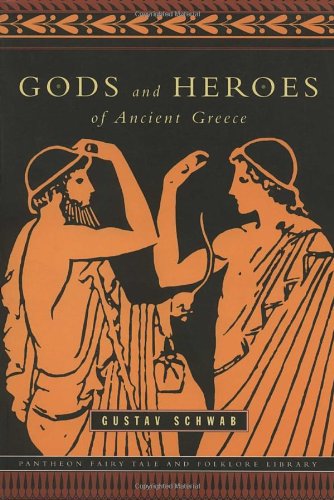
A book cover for Gods and Heroes of Ancient Greece (The Pantheon Fairy Tale and Folklore Library); Gustav Schwab; Literature & Fiction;